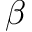
\beta